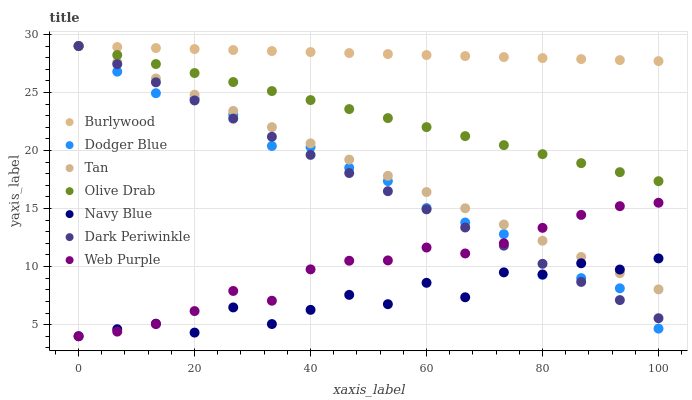
| xaxis_label | Burlywood | Dodger Blue | Tan | Olive Drab | Navy Blue | Dark Periwinkle | Web Purple |
 | --- | --- | --- | --- | --- | --- | --- | --- |
 | 0 | 29 | 29 | 29 | 29 | 4 | 29 | 4 |
 | 6.67 | 28.9 | 26.8 | 27.6 | 28.2 | 4.61 | 27.4 | 4.4 |
 | 13.3 | 28.8 | 24.9 | 26.2 | 27.4 | 5.08 | 25.9 | 5.05 |
 | 20 | 28.7 | 24.5 | 24.8 | 26.7 | 4.31 | 24.3 | 6.17 |
 | 26.7 | 28.7 | 23.1 | 23.4 | 25.9 | 6.48 | 22.7 | 7.9 |
 | 33.3 | 28.6 | 20.4 | 22 | 25.1 | 5.05 | 21.2 | 7.06 |
 | 40 | 28.5 | 20.3 | 20.6 | 24.3 | 6.27 | 19.6 | 9.76 |
 | 46.7 | 28.4 | 18.5 | 19.2 | 23.6 | 7.57 | 18.1 | 10.5 |
 | 53.3 | 28.3 | 17.4 | 17.8 | 22.8 | 6.76 | 16.5 | 10.5 |
 | 60 | 28.2 | 15 | 16.4 | 22 | 8.6 | 14.9 | 11.6 |
 | 66.7 | 28.1 | 13.8 | 15 | 21.2 | 7.36 | 13.4 | 11.1 |
 | 73.3 | 28 | 12.8 | 13.6 | 20.5 | 9.5 | 11.8 | 12 |
 | 80 | 28 | 9.29 | 12.2 | 19.7 | 9.32 | 10.2 | 13.3 |
 | 86.7 | 27.9 | 9.01 | 10.8 | 18.9 | 10.3 | 8.68 | 14.5 |
 | 93.3 | 27.8 | 8.13 | 9.43 | 18.1 | 9.75 | 7.12 | 15.2 |
 | 100 | 27.7 | 4.66 | 8.04 | 17.4 | 10.7 | 5.55 | 15.5 |